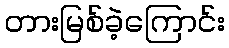
တားမြစ်ခဲ့ကြောင်း